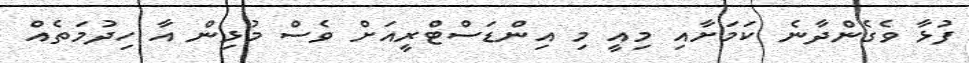
ފުޅާ ވެގެންދާނެ ކަމަށާއި މިއީ މި އިންޑަސްޓްރީއަށް ވެސް މުޅިން އާ ހިދުމަތެއް